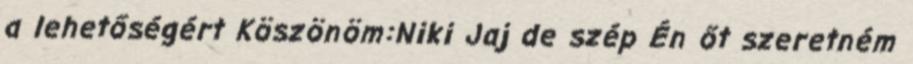
a lehetőségért Köszönöm:Niki Jaj de szép Én őt szeretném